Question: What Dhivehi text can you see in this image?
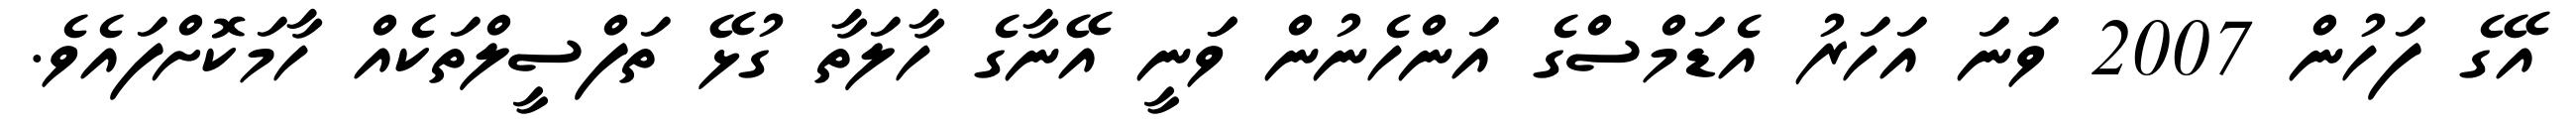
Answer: އޭގެ ފަހުން 2007 ވަނަ އަހަރު އެޑަމްސްގެ އަންހެނުން ވަަނީ އޭނާގެ ހާލަތާ ގުޅޭ ތަފްސީލްތަކެއް ހާމަކޮށްފައެވެ.